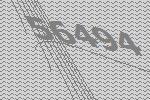
56494